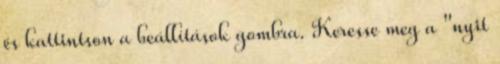
és kattintson a beállítások gombra. Keresse meg a "nyit